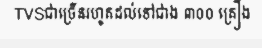
TVSជាច្រើនរហូតដល់ទៅជាង ៣០០ គ្រឿង